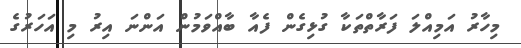
މިހާރު އަމިއްލަ ފަރާތްތަކާ ގުޅިގެން ފެއާ ބާއްވަމުން އަންނަ އިރު މި އަހަރުގެ